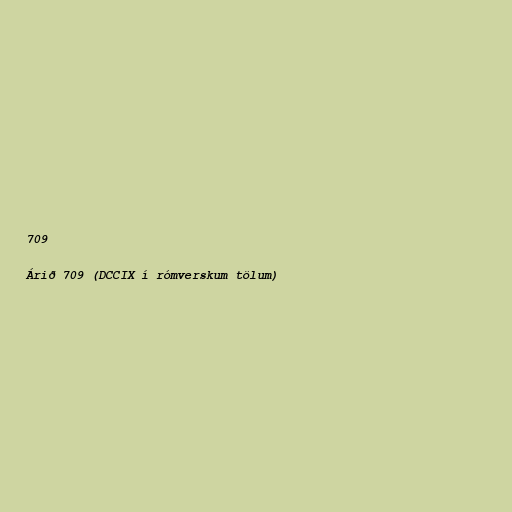
709

Árið 709 (DCCIX í rómverskum tölum)